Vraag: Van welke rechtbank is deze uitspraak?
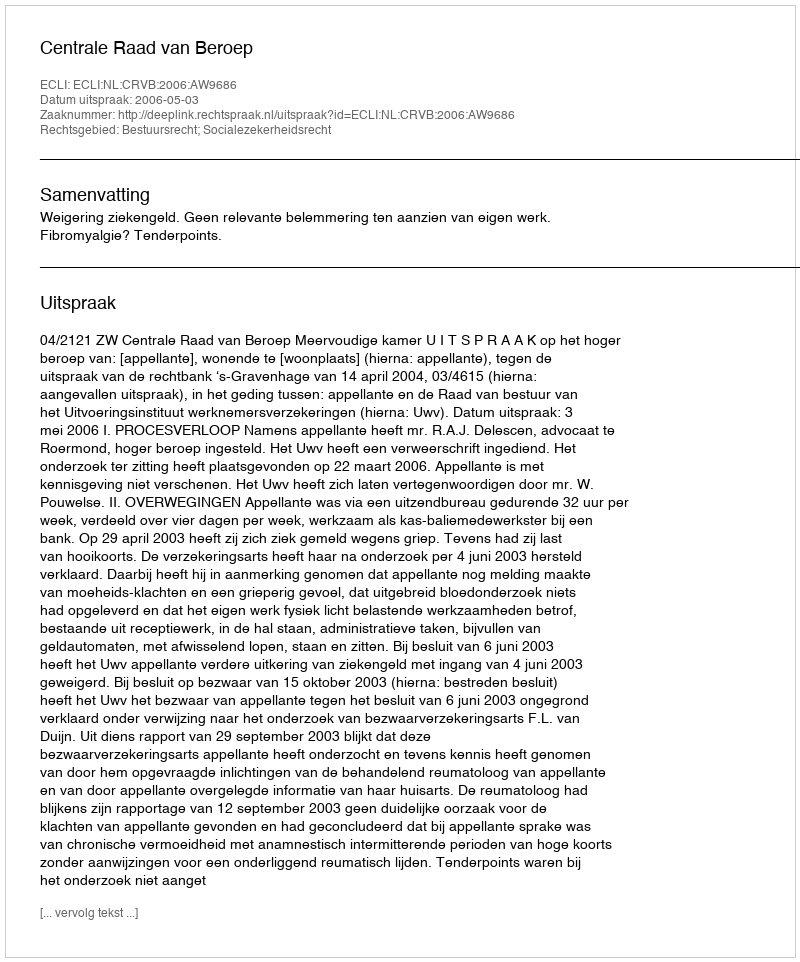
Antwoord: Centrale Raad van Beroep